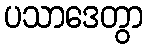
ပသာဒေတွာ